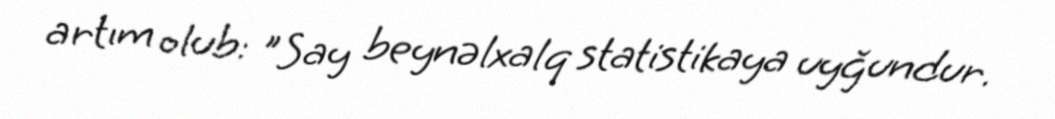
artım olub: "Say beynəlxalq statistikaya uyğundur.